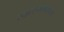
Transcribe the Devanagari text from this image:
स्वातंत्र्यलढ्यच्या